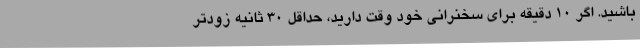
باشید. اگر 10 دقیقه برای سخنرانی خود وقت دارید، حداقل 30 ثانیه زودتر